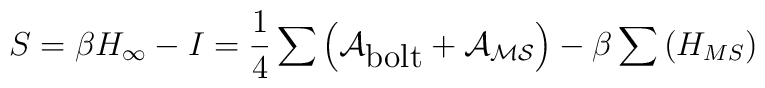
S = \beta H_\infty - I = \frac{1}{4}\sum\left(\cal{A}_{\mbox{bolt}}+\cal{A}_{{MS}}\right)      -\beta\sum\left(H_{{MS}}\right)